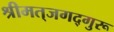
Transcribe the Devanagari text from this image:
श्रीमत्‌जगद्गुरू